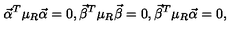
{ \vec { \alpha } } ^ { T } \mu _ { R } { \vec { \alpha } } = 0 , { \vec { \beta } } ^ { T } \mu _ { R } { \vec { \beta } } = 0 , { \vec { \beta } } ^ { T } \mu _ { R } { \vec { \alpha } } = 0 ,